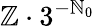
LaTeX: \mathbb{Z}\cdot 3^{-\mathbb{N}_{0}}